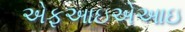
એફઆઇએઆઇ